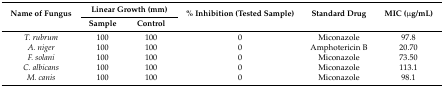
<table><thead><tr><td rowspan="2"><b>Name of Fungus</b></td><td colspan="2"><b>Linear Growth (mm)</b></td><td rowspan="2"><b>% Inhibition (Tested Sample)</b></td><td rowspan="2"><b>Standard Drug</b></td><td rowspan="2"><b>MIC (μg/mL)</b></td></tr><tr><td><b>Sample</b></td><td><b>Control</b></td></tr></thead><tbody><tr><td><i>T. rubrum</i></td><td>100</td><td>100</td><td>0</td><td>Miconazole</td><td>97.8</td></tr><tr><td><i>A. niger</i></td><td>100</td><td>100</td><td>0</td><td>Amphotericin B</td><td>20.70</td></tr><tr><td><i>F. solani</i></td><td>100</td><td>100</td><td>0</td><td>Miconazole</td><td>73.50</td></tr><tr><td><i>C. albicans</i></td><td>100</td><td>100</td><td>0</td><td>Miconazole</td><td>113.1</td></tr><tr><td><i>M. canis</i></td><td>100</td><td>100</td><td>0</td><td>Miconazole</td><td>98.1</td></tr></tbody></table>